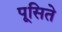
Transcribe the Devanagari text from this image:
पूसिते